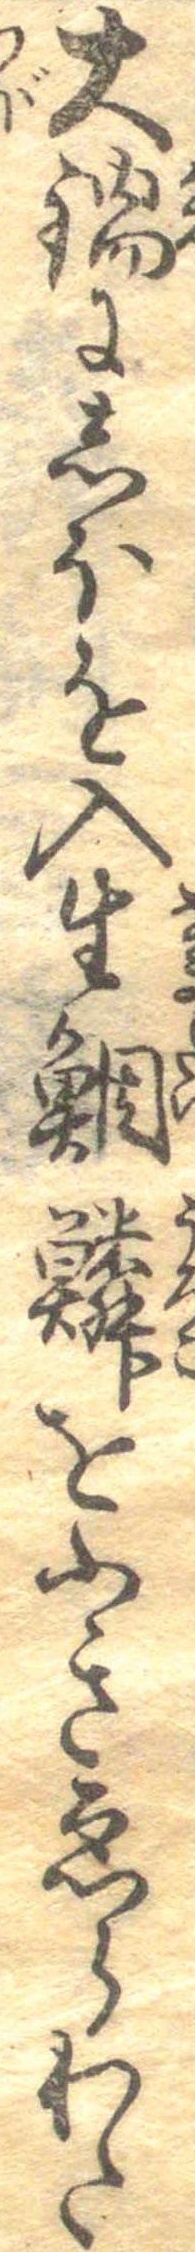
大鍋にしほを入生鯛鱗をふきゑらわた